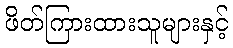
ဖိတ်ကြားထားသူများနှင့်